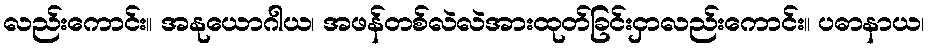
လည်းကောင်း။ အနုယောဂါယ၊ အဖန်တစ်လဲလဲအားထုတ်ခြင်းငှာလည်းကောင်း။ ပဓာနာယ၊